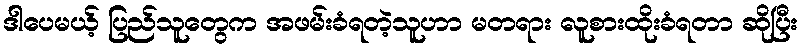
ဒါပေမယ့် ပြည်သူတွေက အဖမ်းခံရတဲ့သူဟာ မတရား လူစားထိုးခံရတာ ဆိုပြီး